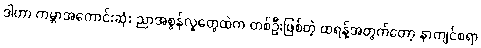
ဒါဟာ ကမ္ဘာအကောင်းဆုံး ညာအစွန်လူတွေထဲက တစ်ဦးဖြစ်တဲ့ ထရန့်အတွက်တော့ နာကျင်စရာ